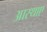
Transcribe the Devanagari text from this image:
आस्थाए